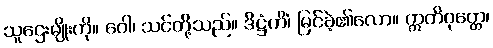
သူဌေးမျိုးကို။ ဝေါ၊ သင်တို့သည်။ ဒိဋ္ဌံကိံ၊ မြင်ခဲ့၏လော။ ဣတိဝုတ္တေ၊